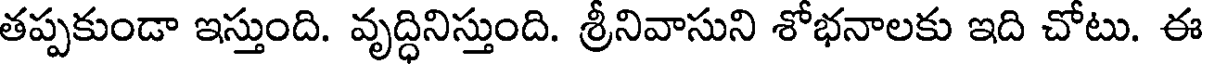
తప్పకుండా ఇస్తుంది. వృద్ధినిస్తుంది. శ్రీనివాసుని శోభనాలకు ఇది చోటు. ఈ